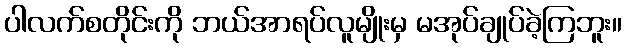
ပါလက်စတိုင်းကို ဘယ်အာရပ်လူမျိုးမှ မအုပ်ချုပ်ခဲ့ကြဘူး။